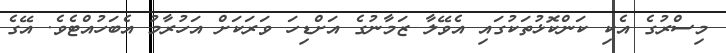
މިސްރުގެ އެކި ކަންކޮޅުތަކުގައި އެވޭލާ ޒަމާނުގެ އަށްޑިހަ ވަރަކަށް އަހުރާމު އެބަހުއްޓެވެ. އޭގެ